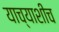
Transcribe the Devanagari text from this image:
याच्याशीच